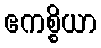
ဧကစ္စိယာ